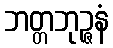
ဘတ္တဘုဉ္ဇနံ